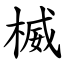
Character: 楲